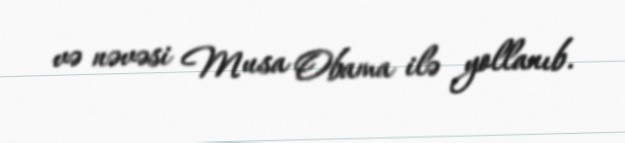
və nəvəsi Musa Obama ilə yollanıb.